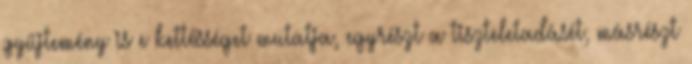
gyűjtemény is e kettősséget mutatja, egyrészt a tiszteletadásét, másrészt